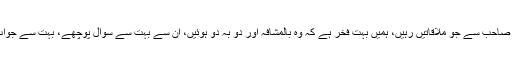
یوسفی صاحب سے جو ملاقاتیں رہیں، ہمیں بہت فخر ہے کہ وہ بالمشافہ اور دو بہ دو ہوئیں، ان سے بہت سے سوال پوچھے، بہت سے جواب لیے۔